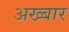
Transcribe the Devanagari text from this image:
अख्बार